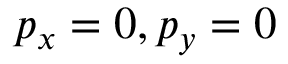
p _ { x } = 0 , p _ { y } = 0